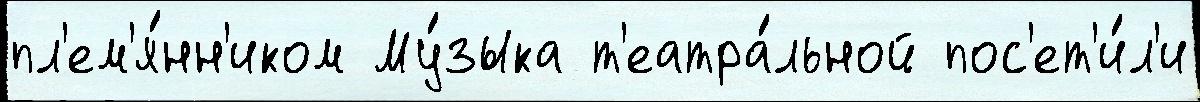
пл'ем'я́нн'иком Му́зыка т'еатра́льной пос'ет'и́л'и